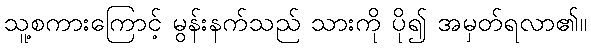
သူ့စကားကြောင့် မွန်းနက်သည် သားကို ပို၍ အမှတ်ရလာ၏။